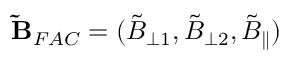
\mathbf { \tilde { B } } _ { F A C } = ( \tilde { B } _ { \perp 1 } , \tilde { B } _ { \perp 2 } , \tilde { B } _ { \parallel } )